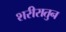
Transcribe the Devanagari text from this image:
शरीरातुन